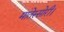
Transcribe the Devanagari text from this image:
मांतेस्सोरी।